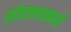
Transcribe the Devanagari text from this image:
सोडवण्यामध्ये